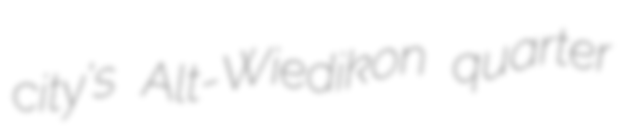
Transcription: city's Alt-Wiedikon quarter